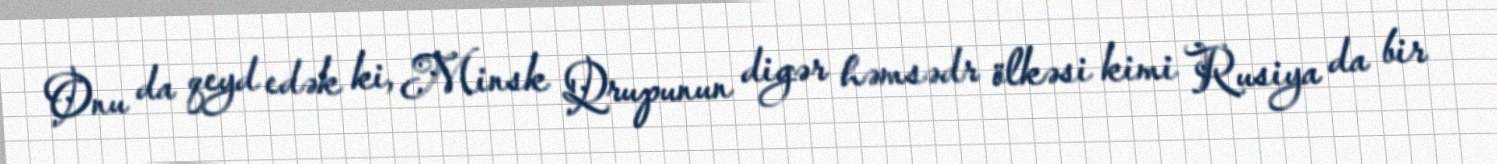
Onu da qeyd edək ki, Minsk Qrupunun digər həmsədr ölkəsi kimi Rusiya da bir